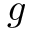
g